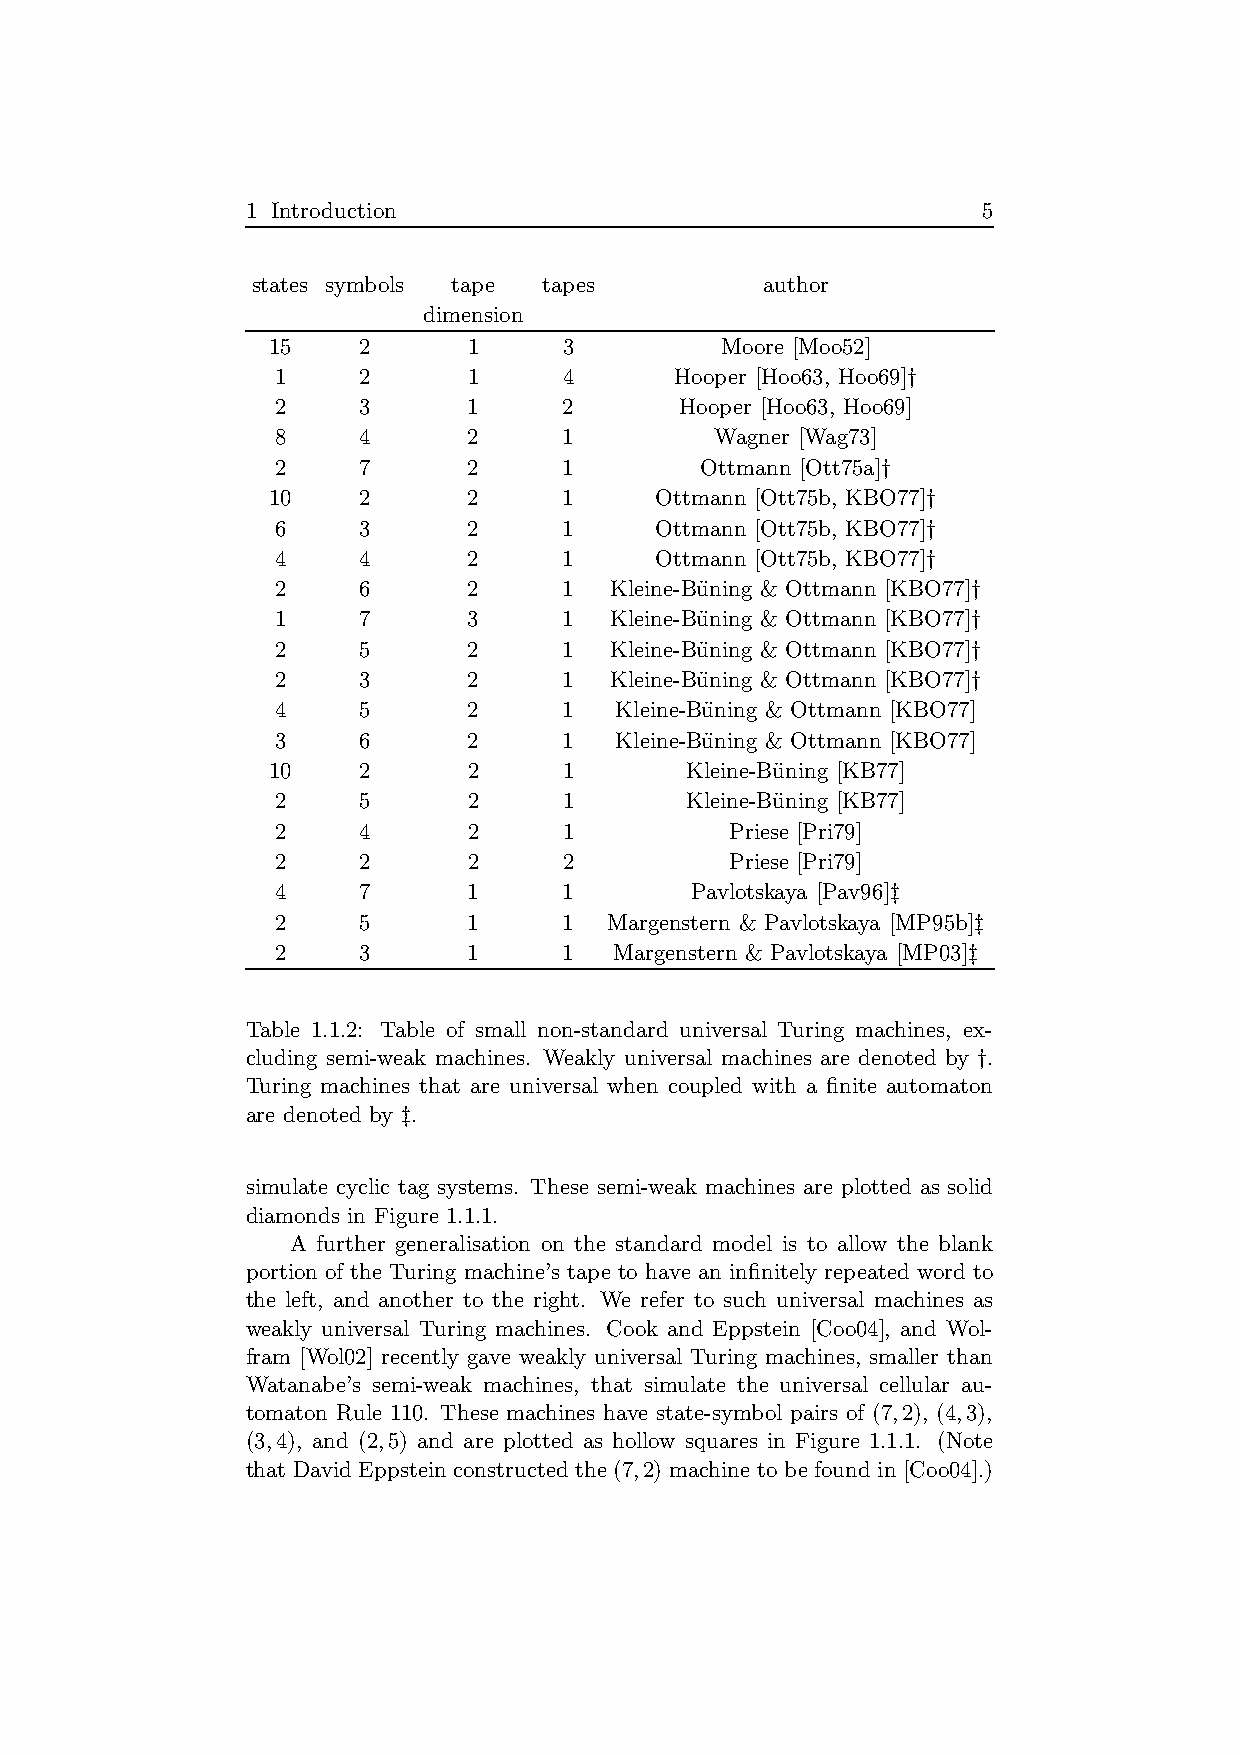
1 Introduction                                   5
 states symbols tape tapes        author
 dimension
 15    2      1     3          Moore [Moo52]
 1     2      1     4       Hooper [Hoo63, Hoo69]†
 2     3      1     2       Hooper [Hoo63, Hoo69]
 8     4      2     1         Wagner [Wag73]
 2     7      2     1        Ottmann [Ott75a]†
 10    2      2     1     Ottmann [Ott75b, KBO77]†
 6     3      2     1     Ottmann [Ott75b, KBO77]†
 4     4      2     1     Ottmann [Ott75b, KBO77]†
 2     6      2     1  Kleine-Bu¨ning & Ottmann [KBO77]†
 1     7      3     1  Kleine-Bu¨ning & Ottmann [KBO77]†
 2     5      2     1  Kleine-Bu¨ning & Ottmann [KBO77]†
 2     3      2     1  Kleine-Bu¨ning & Ottmann [KBO77]†
 4     5      2     1   Kleine-Bu¨ning & Ottmann [KBO77]
 3     6      2     1   Kleine-Bu¨ning & Ottmann [KBO77]
 10    2      2     1       Kleine-Bu¨ning [KB77]
 2     5      2     1       Kleine-Bu¨ning [KB77]
 2     4      2     1          Priese [Pri79]
 2     2      2     2          Priese [Pri79]
 4     7      1     1        Pavlotskaya [Pav96]‡
 2     5      1     1  Margenstern & Pavlotskaya [MP95b]‡
 2     3      1     1   Margenstern & Pavlotskaya [MP03]‡
 Table 1.1.2: Table of small non-standard universal Turing machines, ex-
 cluding semi-weak machines. Weakly universal machines are denoted by †.
 Turing machines that are universal when coupled with a finite automaton
 are denoted by ‡.
 simulate cyclic tag systems. These semi-weak machines are plotted as solid
 diamonds in Figure 1.1.1.
 A further generalisation on the standard model is to allow the blank
 portion of the Turing machine’s tape to have an infinitely repeated word to
 the left, and another to the right. We refer to such universal machines as
 weakly universal Turing machines. Cook and Eppstein [Coo04], and Wol-
 fram [Wol02] recently gave weakly universal Turing machines, smaller than
 Watanabe’s semi-weak machines, that simulate the universal cellular au-
 tomaton Rule 110. These machines have state-symbol pairs of (7,2), (4,3),
 (3,4), and (2,5) and are plotted as hollow squares in Figure 1.1.1. (Note
 that David Eppstein constructed the (7,2) machine to befound in [Coo04].)